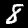
Digit: 8